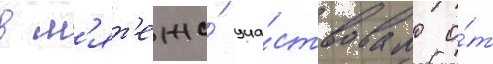
в м'ят'еже́ уча́ствовало о́т